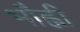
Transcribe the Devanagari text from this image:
भौह्नी